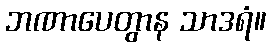
ဘဏာပေတွာန သာဒရံ။